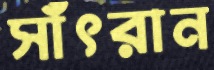
সাঁৎরান